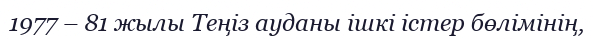
1977 – 81 жылы Теңіз ауданы ішкі істер бөлімінің,